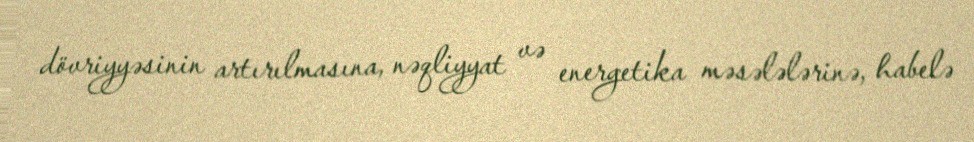
dövriyyəsinin artırılmasına, nəqliyyat və energetika məsələlərinə, habelə